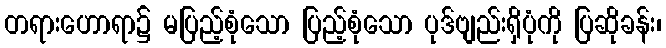
တရားဟောရာ၌ မပြည့်စုံသော ပြည့်စုံသော ပုဒ်ဗျည်းရှိပုံကို ပြဆိုခန်း၊